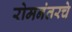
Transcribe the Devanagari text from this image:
रोमनंतरचे